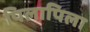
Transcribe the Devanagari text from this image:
पिलापिला